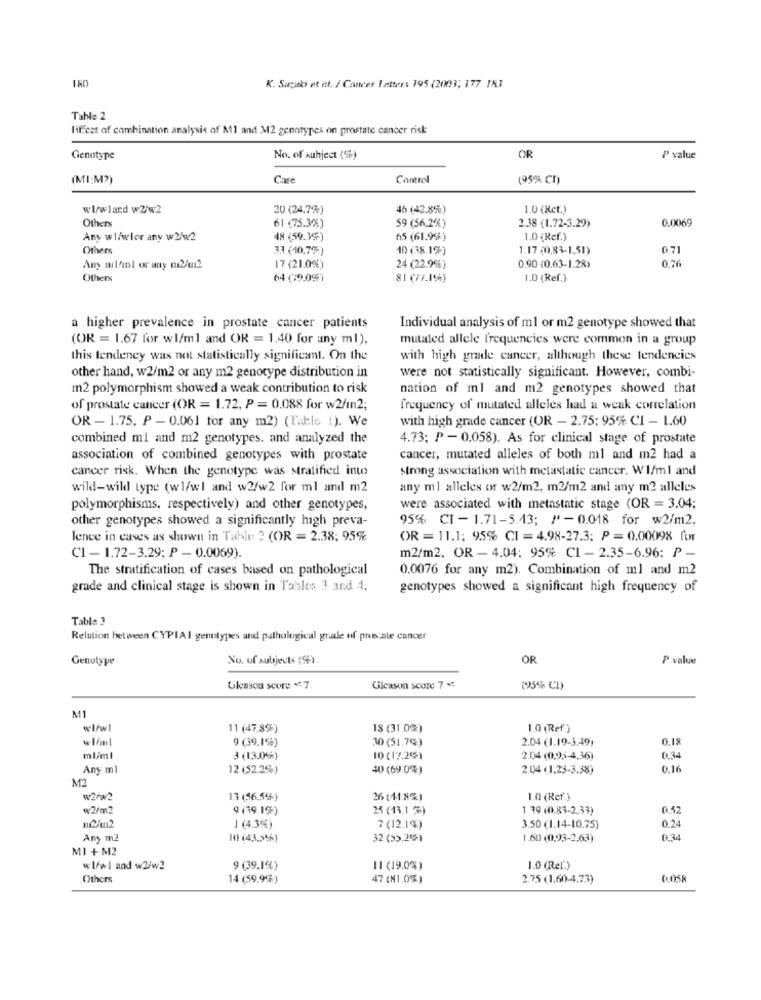
180
K. Suzuki et al. / Cancer Letters 195 (2003; 177 IR3
Table 2
lif cet of combination analysis of M1 and M2 genotypes on prostate cancer risk
Genotype
No. of Auhject (%)
OR
P value
(MI:M2)
Case
Control
(95% CT)
wl/wland w2/w2
20 (24.7%)
46 (42.8%%)
1.0 (Rcf.)
Others
61 (75.3%)
0.0069
59 (56.2%)
2.38 (1.72-3.29)
Any wl/wler any w2/w2
48 (59.15-)
65 (61.9%)
1.0 (Ref.]
Others
33 (10.7%)
10) (38.1%)
1.17 (0.83-1,51)
0,71
0.76
Any milAni or any mi2/m2
17 (21.0%)
24 (22.9%)
0.90 (0.63-1.28)
Others
64 (79.09%)
81 (FF.1%)
1.0 (Ref.]
a higher prevalence in prostate cancer patients
Individual analysis of ml or m2 genotype showed that
(OR = 1.67 for w1/ml and OR = 1.40 for any ml).
mutated allele frequencies were common in a group
this tendency was not statistically significant. On the
with high grade cancer, although these tendencies
were not statistically significant. However, combi-
other hand, w2/m2 or any m2 genotype distribution in
m2 polymorphism showed a weak contribution to risk
nation of ml and m2 genotypes showed that
of prostate cancer (OR = 1.72, P = 0.088 for w2/m2;
frequency of mutated alleles had a weak correlation
with high grade cancer (OR - 2.75; 95% CI - 1.60
OR - 1.75, P - 0.061 for any m2) (Table !). We
combined ml and m2 genotypes. and analyzed the
4.73: P - 0.058). As for clinical stage of prostate
association of combined genotypes with prostate
cancer, mutated alleles of both ml and m2 had a
cancer risk. When the genotype was stratified into
strong association with metastatic cancer. W1/ml and
wild-wild type (w1/wl and w2/w2 for ml and m2
any ml alleles of w2/m2, m2/m2 and any m2 alleles
polymorphisms, respectively) and other genotypes,
were associated with metastatic stage (OR = 3.04;
other genotypes showed a significantly high preva-
95% CI - 1.71-5.43; / *- 0.018 for w2/m2.
lence in cases as shown in Table 2 (OR = 2.38: 95%
OR = 11.1; 95% CI = 4.98-27.3: P = 0.00098 for
C1 - 1.72-3.29; P - 0.0069).
m2/m2, OR - 4,04: 95% C1 - 2.35-6.96: P -
The stratification of cases based on pathological
0.0076 for any m2). Combination of ml and m2
grade and clinical stage is shown in Tables 1 and 4.
genotypes showed a significant high frequency of
Table 3
Relation between CYPIAI genotypes and pathological grade of prostate cancer
Genutype
No. of subjects ()
OR
P value
Glayou score v: 7
Gleason scare 7 %
(95% C1)
M1
wIfw1
11 (47.8%)
18 (31.0%)
1.0 (Ref.)
wl/m
9 (39.1%)
30 (51.7%)
2.04 (1.19-3.49)
0.18
ml/ml
3 (13.0%)
10 (17.25)
2.04 (0,95-4.36)
0.34
Any ml
12 (52.2%)
40 (69.0%)
2.04 (1.23-3.38)
0.16
M2
w2/w?
13 (56,5%)
26 (11.8%)
1.0 (Rcf.)
w2/m2
9 (19.1)
25 (13.1 3)
1 79 (0.83-2.33)
12/m2
J (4.3%)
7 (12.1%)
3.50 (1.14-10.75)
0.24
Any m2
10 (43.546)
32 (53.2%)
1.60 (0,93-2.63)
MI + M2
w1/1 and w2/w2
9 (39.1%)
11 (19.0%)
1.0 (Ref.)
Others
14 (59.9%)
47 (81.0%)
2.75 (1.60-4.73)